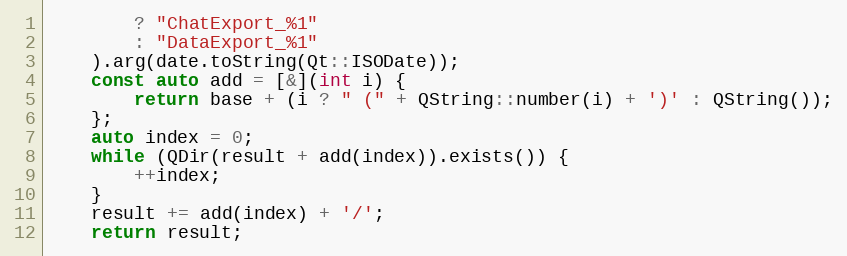
Language: C++
		? "ChatExport_%1"
		: "DataExport_%1"
	).arg(date.toString(Qt::ISODate));
	const auto add = [&](int i) {
		return base + (i ? " (" + QString::number(i) + ')' : QString());
	};
	auto index = 0;
	while (QDir(result + add(index)).exists()) {
		++index;
	}
	result += add(index) + '/';
	return result;